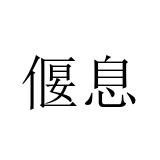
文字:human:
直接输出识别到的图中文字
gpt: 偃息